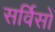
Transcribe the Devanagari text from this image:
सर्विसों